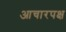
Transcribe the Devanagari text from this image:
आचारपक्ष